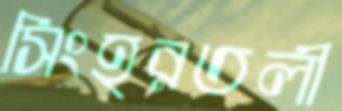
সিংহরতলী